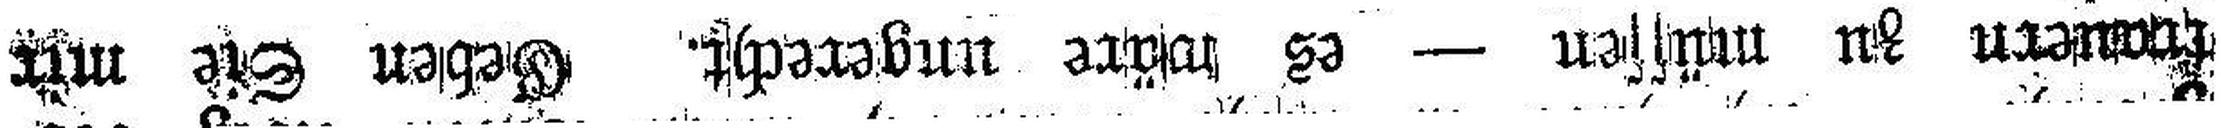
frauern zu müssen — es wäre ungerecht. Geben Sie mir